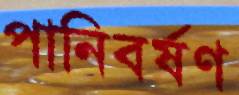
পানিবর্ষণ